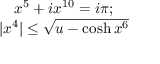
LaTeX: \begin{array} { c } { { x ^ { 5 } + i x ^ { 1 0 } = i \pi ; } } \\ { { | x ^ { 4 } | \leq \sqrt { u - \cosh x ^ { 6 } } } } \end{array}